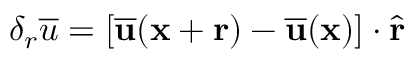
\delta _ { r } \overline { { u } } = [ \mathbf { \overline { { u } } } ( \mathbf { x } + \mathbf { r } ) - \mathbf { \overline { { u } } } ( \mathbf { x } ) ] \cdot \hat { \mathbf { r } }